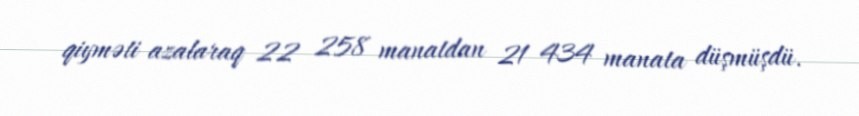
qiyməti azalaraq 22 258 manatdan 21 434 manata düşmüşdü.